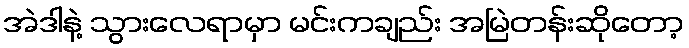
အဲဒါနဲ့ သွားလေရာမှာ မင်းကချည်း အမြဲတန်းဆိုတော့